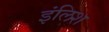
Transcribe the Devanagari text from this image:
इंलिश